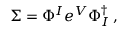
\Sigma = \Phi ^ { I } e ^ { V } \Phi _ { I } ^ { \dagger } \, ,